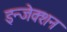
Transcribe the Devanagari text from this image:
इन्‍जेक्‍शन